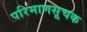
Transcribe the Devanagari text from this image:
परिमाणसूचक